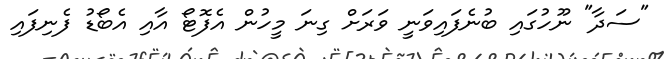
"ސަދާ" ނޫހުގައި ބުނެފައިވަނީ ވަރަށް ގިނަ މީހުން އެފޮޓޯ އާއި އެބޯޑު ފެނިފައި